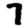
Digit: 7